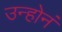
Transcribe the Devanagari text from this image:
उन्होनं